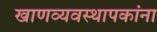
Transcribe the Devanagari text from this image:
खाणव्यवस्थापकांना